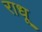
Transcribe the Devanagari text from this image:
राधू